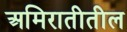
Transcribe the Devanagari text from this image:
अमिरातीतील